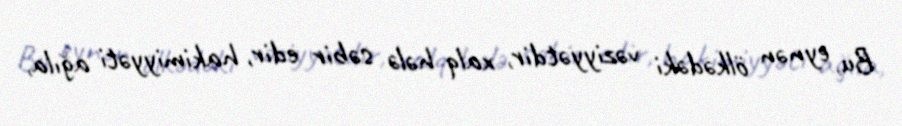
Bu, eynən ölkədəki vəziyyətdir, xalq hələ səbir edir, hakimiyyəti ağıla,